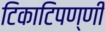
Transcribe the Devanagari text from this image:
टिकाटिपण्णी